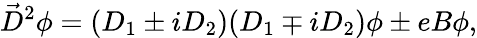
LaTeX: \vec{D}^{2}\phi=(D_{1}\pm iD_{2})(D_{1}\mp iD_{2})\phi\pm eB\phi,